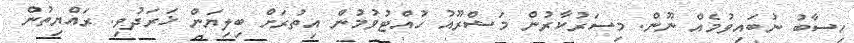
ހިސާބު ނުބައިވުމެއް ނޫން. މިސަރުކާރުން މަޝްރޫއު ހުއްޓުވުމުން އިތުރަށް ބިލިޔަން ޚަރަދުވި. ރައްޔިތުން